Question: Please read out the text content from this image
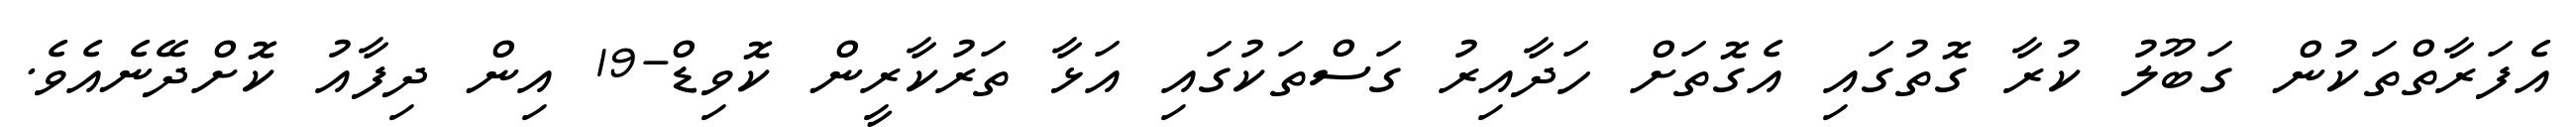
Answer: އެފަރާތްތަކުން ގަބޫލު ކުރާ ގޮތުގައި އެގޮތަށް ހަދާއިރު ގަސްތަކުގައި އަޅާ ތަރުކާރީން ކޮވިޑް-19 އިން ދިފާއު ކޮށްދޭނެއެވެ.